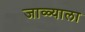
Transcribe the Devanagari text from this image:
जाळ्याला